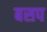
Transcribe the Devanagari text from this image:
बसप